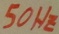
Text: 50Hz